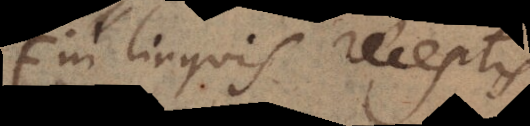
in linguis receptis